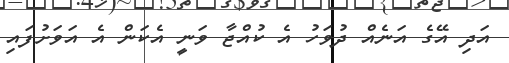
އަދި އޭގެ އަނެއް ދުވަހު އެ ކުއްޖާ ވަނީ އެކަން އެ އަވަށުފައި